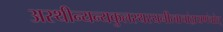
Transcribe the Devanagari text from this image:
अस्थीन्यन्यकुलस्थस्यनीत्वाचांद्रायणंचरेत्